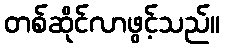
တစ်ဆိုင်လာဖွင့်သည်။